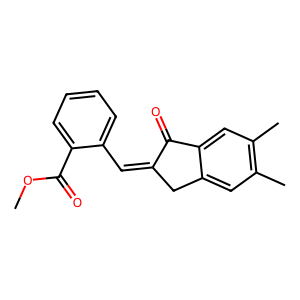
SMILES: COC(=O)c1ccccc1C=C1Cc2cc(C)c(C)cc2C1=O
Inhibits HIV replication: No